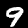
Label: 9